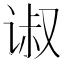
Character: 𰵴